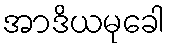
အာဒိယမုခေါ